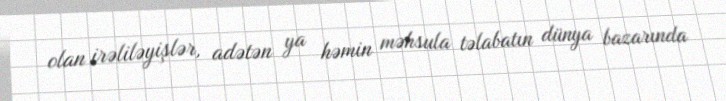
olan irəliləyişlər, adətən ya həmin məhsula təlabatın dünya bazarında